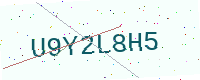
Text: U9Y2L8H5